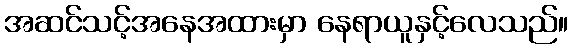
အဆင်သင့်အနေအထားမှာ နေရာယူနှင့်လေသည်။